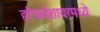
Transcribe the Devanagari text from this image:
हर्टफर्डशायरमध्ये